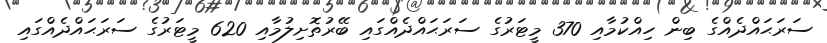
ސަރަޙައްދެއްގެ ބިން ހިއްކުމާއި 370 މީޓަރުގެ ސަރަޙައްދެއްގައި ބޭރުތޮށިލުމާއި 620 މީޓަރުގެ ސަރަޙައްދެއްގައި